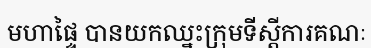
មហាផ្ទៃ បានយកឈ្នះក្រុមទីស្តីការគណៈ